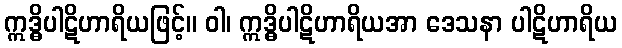
ဣဒ္ဓိပါဋိဟာရိယဖြင့်။ ဝါ၊ ဣဒ္ဓိပါဋိဟာရိယအာ ဒေသနာ ပါဋိဟာရိယ